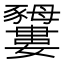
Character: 𧲕